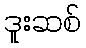
ဒူးဆစ်